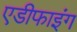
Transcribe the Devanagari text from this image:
एडीफाइंग